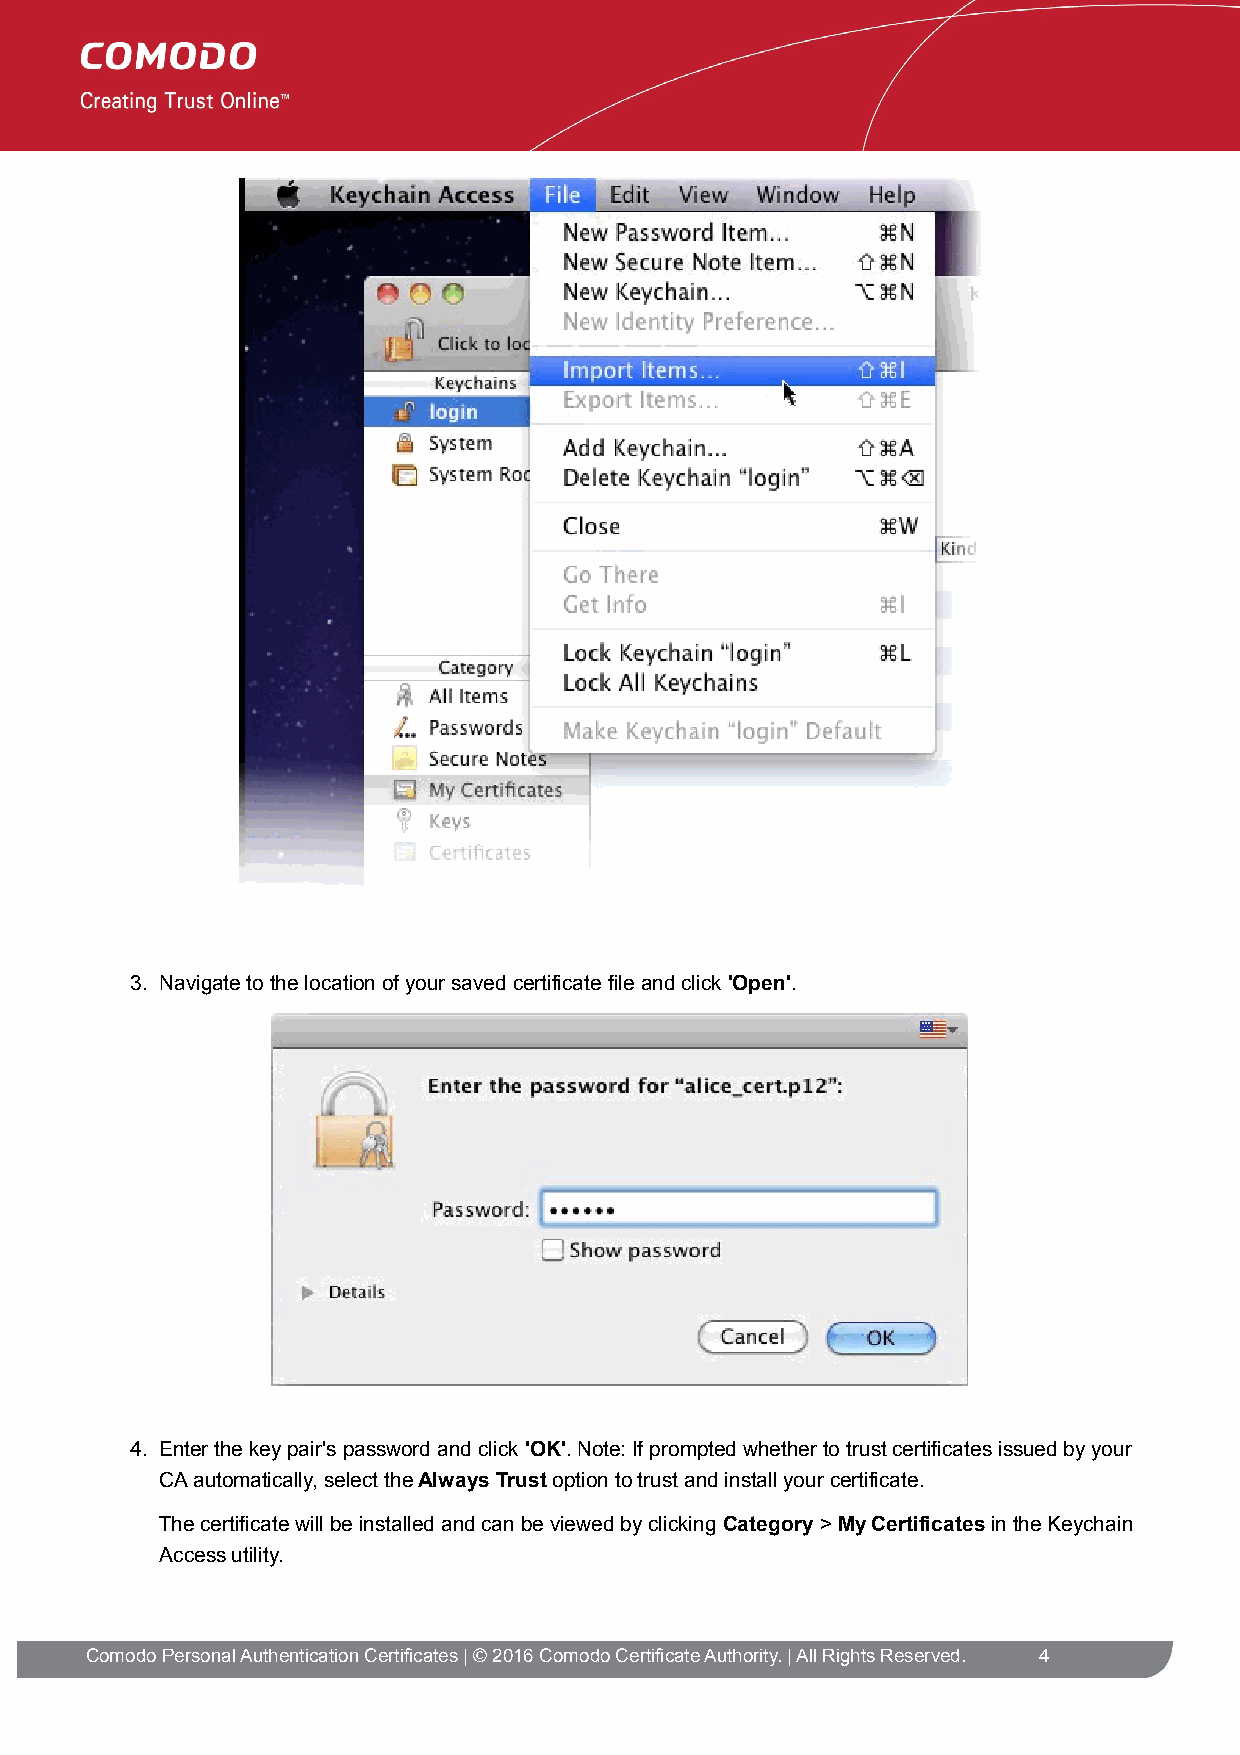
3. Navigate to the location of your saved certificate file and click 'Open'.
 4. Enter the key pair's password and click 'OK'. Note: If prompted whether to trust certificates issued by your
 CA automatically, select the Always Trust option to trust and install your certificate.
 The certificate will be installed and can be viewed by clicking Category > My Certificates in the Keychain
 Access utility.
 Comodo Personal Authentication Certificates | © 2016 Comodo Certificate Authority. | All Rights Reserved. 4